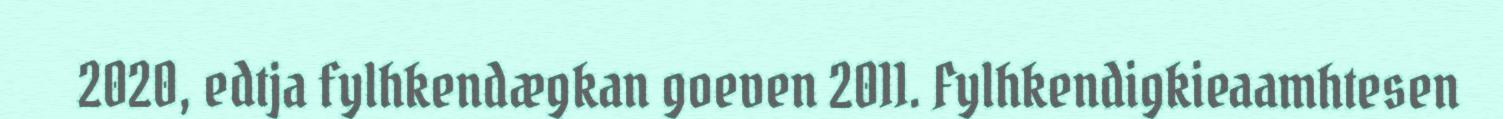
2020, edtja fylhkendægkan goeven 2011. Fylhkendigkieaamhtesen